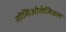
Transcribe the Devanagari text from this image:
सोसिओलॅजिकल